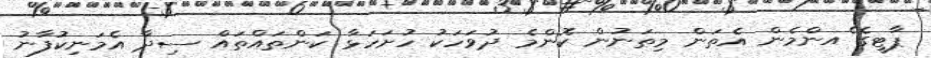
ޕާޓީގެ ެއންމެން އެތަން މިތަނުން ކޮންމެ ދުވަހަކު ހުށަހަޅާ ކަންތައްތައް ސިދާ އެމަނިކުފާނު